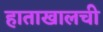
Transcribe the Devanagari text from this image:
हाताखालची